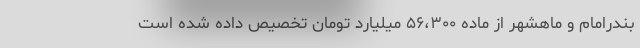
بندرامام و ماهشهر از ماده ۵۶،۳۰۰ میلیارد تومان تخصیص داده شده است